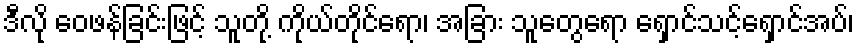
ဒီလို ဝေဖန်ခြင်းဖြင့် သူတို့ ကိုယ်တိုင်ရော၊ အခြား သူတွေရော ရှောင်သင့်ရှောင်အပ်၊